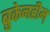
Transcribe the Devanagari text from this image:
ब्रुकेनहीम़